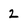
Character: 2